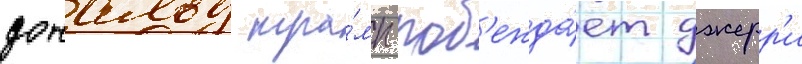
дональд тра́мп поб'ежда́ет джерр'и